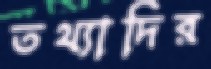
তথ্যাদির